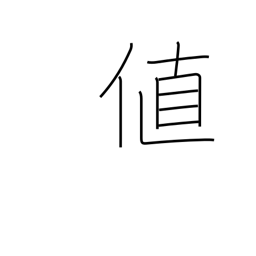
Meaning: cost